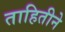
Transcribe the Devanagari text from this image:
ताहितीने